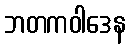
ဘတကဝါဒေန